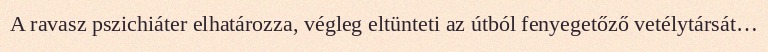
A ravasz pszichiáter elhatározza, végleg eltünteti az útból fenyegetőző vetélytársát…